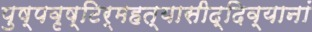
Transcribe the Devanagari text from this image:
पुष्पवृष्टिर्महत्यासीद्दिव्यानां